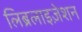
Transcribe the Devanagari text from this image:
लिब्रलाइज़ेशन